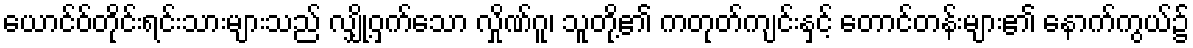
ယောင်ဝ်တိုင်းရင်းသားများသည် လျှို့ဝှက်သော လှိုဏ်ဂူ၊ သူတို့၏ ကတုတ်ကျင်းနှင့် တောင်တန်းများ၏ နောက်ကွယ်၌